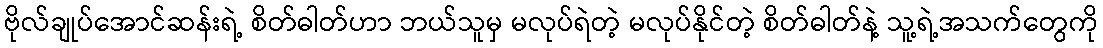
ဗိုလ်ချုပ်အောင်ဆန်းရဲ့ စိတ်ဓါတ်ဟာ ဘယ်သူမှ မလုပ်ရဲတဲ့ မလုပ်နိုင်တဲ့ စိတ်ဓါတ်နဲ့ သူ့ရဲ့အသက်တွေကို